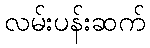
လမ်းပန်းဆက်